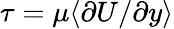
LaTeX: \tau=\mu\langle\partial U/\partial y\rangle